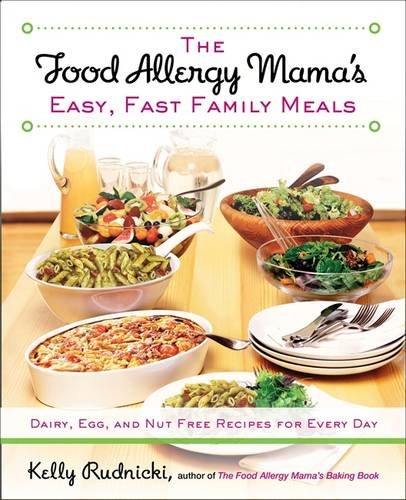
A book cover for The Food Allergy Mama's Easy, Fast Family Meals: Dairy, Egg, and Nut Free Recipes for Every Day; Kelly Rudnicki; Health, Fitness & Dieting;